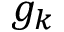
g _ { k }